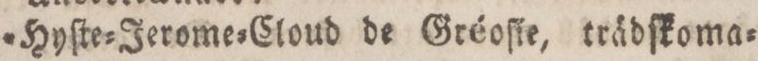
»Hyſte=Jerome=Cloud de Gréoſie, trädſkoma=